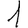
Digit: 1